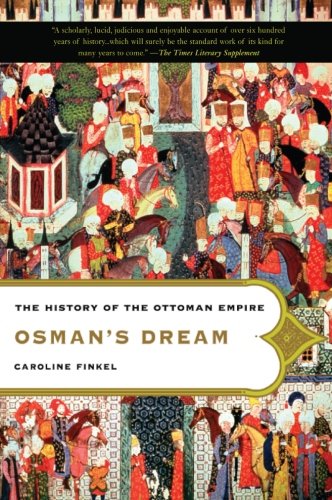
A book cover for Osman's Dream: The History of the Ottoman Empire; Caroline Finkel; History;